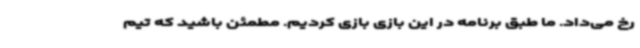
رخ می‌داد. ما طبق برنامه در این بازی بازی کردیم. مطمئن باشید که تیم